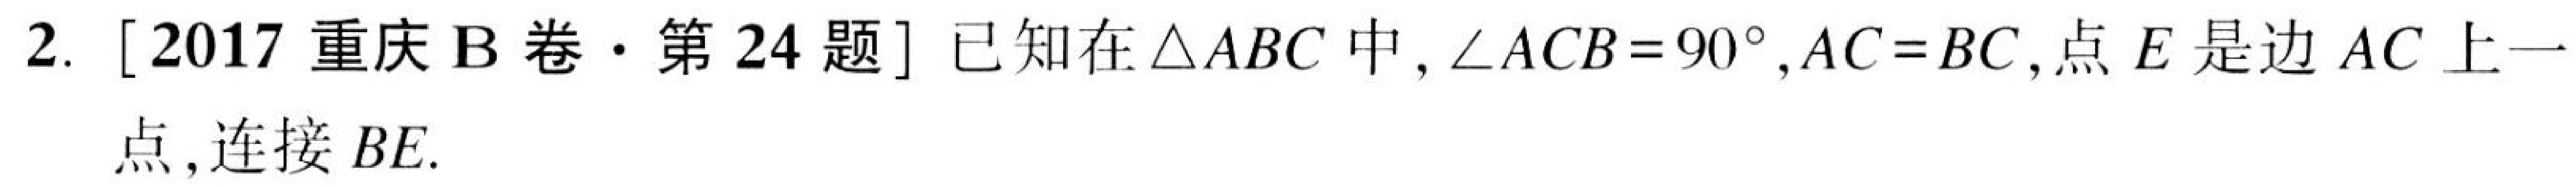
2. [2017重庆B卷·第24题] 已知在\(\triangle ABC\)中, \(\angle ACB = 90^{\circ}\), \(AC = BC\),点\(E\)是边\(AC\)上一
点, 连接\(BE\).